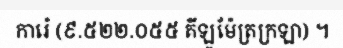
ការ៉េ (៩.៥២២.០៥៥ គីឡូម៉ែត្រក្រឡា) ។